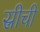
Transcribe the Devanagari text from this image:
स्रीची